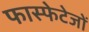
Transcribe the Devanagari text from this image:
फास्फेटेजों